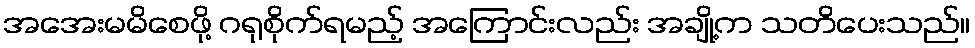
အအေးမမိစေဖို့ ဂရုစိုက်ရမည့် အကြောင်းလည်း အချို့က သတိပေးသည်။